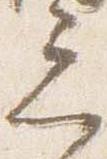
忌